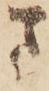
ま